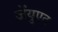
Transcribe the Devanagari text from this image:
जेंयुएट